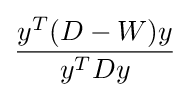
{\frac {y^{T}(D-W)y}{y^{T}Dy}}